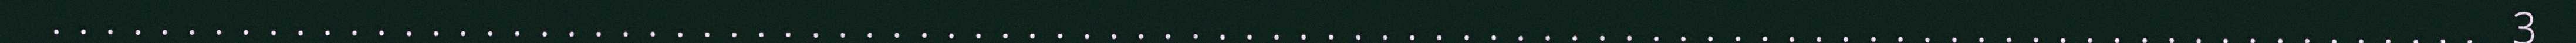
.......................................................................................... 3